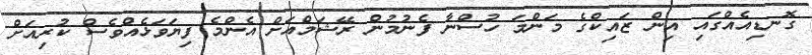
ގޮނޑިއެއްގައި އިން ޒައިކްގެ މަންމަ ހުސްނާ ފެނުމުން ރޭޝަމްއަށް އެންމެ ފިޔަވަޅެއްވެސް ކުރިއަށް